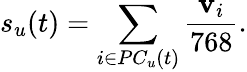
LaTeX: s_{u}(t)=\sum_{i\in PC_{u}(t)}\frac{{\mathbf v}_{i}}{768}.